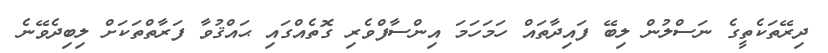
ދިރޭތަކެތީގެ ނަސްލުން ލިބޭ ފައިދާތައް ހަމަހަމަ އިންސާފްވެރި ގޮތެއްގައި ޙައްޤުވާ ފަރާތްތަކަށް ލިބިދެވޭނެ